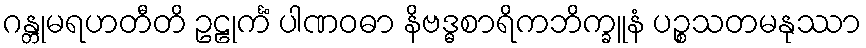
ဂန္တုမရဟတီတိ ဥဠုင်္ကံ ပါဏဝဓာ နိဗဒ္ဓစာရိကဘိက္ခူနံ ပဉ္စသတမနုဿာ